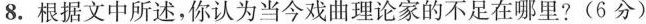
8.根据文中所述，你认为当今戏曲理论家的不足在哪里?(6分)